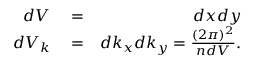
\begin{array} { r l r } { d V } & { { } = } & { d x d y } \\ { d V _ { k } } & { { } = } & { d k _ { x } d k _ { y } = \frac { ( 2 \pi ) ^ { 2 } } { n d V } . } \end{array}